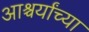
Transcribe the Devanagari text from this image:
आश्चर्यांच्या